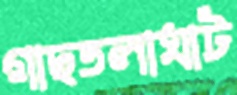
গাছতলাঘাট